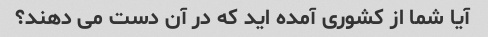
آیا شما از کشوری آمده اید که در آن دست می دهند؟